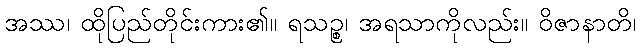
အဿ၊ ထိုပြည်တိုင်းကား၏။ ရသဉ္စ၊ အရသာကိုလည်း။ ဝိဇာနာတိ၊